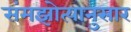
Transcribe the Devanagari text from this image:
संमझोत्यानुसार